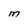
Character: M